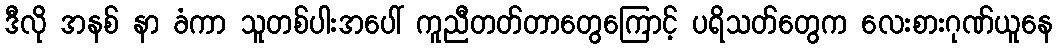
ဒီလို အနစ် နာ ခံကာ သူတစ်ပါးအပေါ် ကူညီတတ်တာတွေကြောင့် ပရိသတ်တွေက လေးစားဂုဏ်ယူနေ